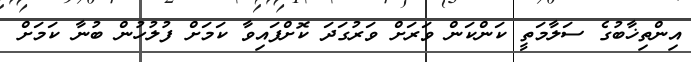
އިންތިޚާބުގެ ސަލާމަތީ ކަންކަން ވަރަށް ވަރުގަދަ ކޮށްފައިވާ ކަމަށް ފުލުހުން ބުނާ ކަމަށް